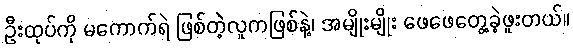
ဦးထုပ်ကို မကောက်ရဲ ဖြစ်တဲ့လူကဖြစ်နဲ့၊ အမျိုးမျိုး ဖေဖေတွေ့ခဲ့ဖူးတယ်။